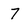
Character: 7